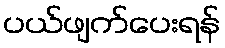
ပယ်ဖျက်ပေးရန်